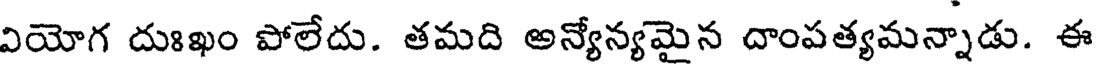
వియోగ దుఃఖం పోలేదు. తమది అన్యోన్యమైన దాంపత్యమన్నాడు. ఈ